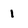
Character: 1